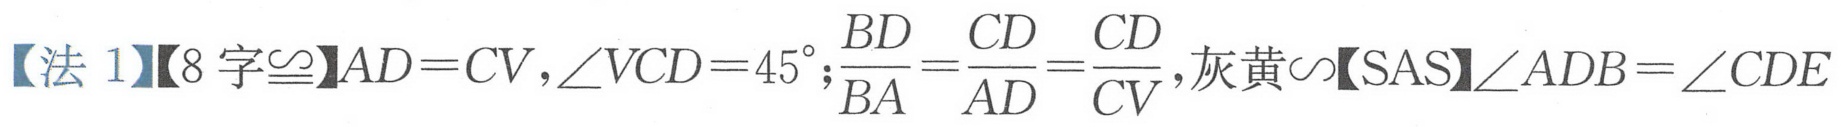
【法1】【8字$\cong$】$AD = CV$，$\angle VCD = 45^{\circ}$；$\dfrac{BD}{BA}=\dfrac{CD}{AD}=\dfrac{CD}{CV}$，灰黄$\sim$【SAS】$\angle ADB=\angle CDE$